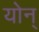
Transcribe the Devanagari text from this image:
योन्